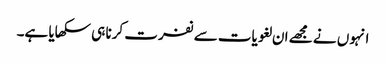
انہوں نے مجھے ان لغویات سے نفرت کرنا ہی سکھایا ہے۔